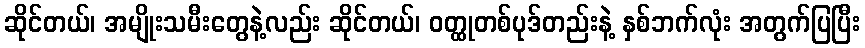
ဆိုင်တယ်၊ အမျိုးသမီးတွေနဲ့လည်း ဆိုင်တယ်၊ ဝတ္ထုတစ်ပုဒ်တည်းနဲ့ နှစ်ဘက်လုံး အတွက်ပြပြီး